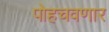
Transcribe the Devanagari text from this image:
पोहचवणार